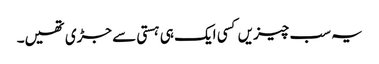
یہ سب چیزیں کسی ایک ہی ہستی سے جڑی تھیں۔